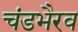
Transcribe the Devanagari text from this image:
चंडभैरव